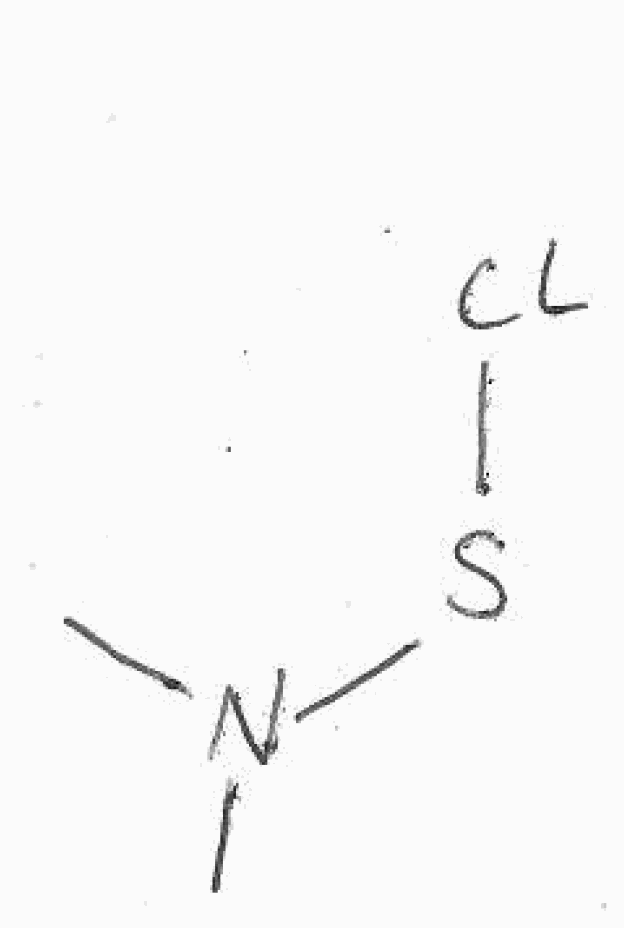
Simplified molecular-input line-entry system (SMILES) notation of the given molecule:
CN(C)SCl